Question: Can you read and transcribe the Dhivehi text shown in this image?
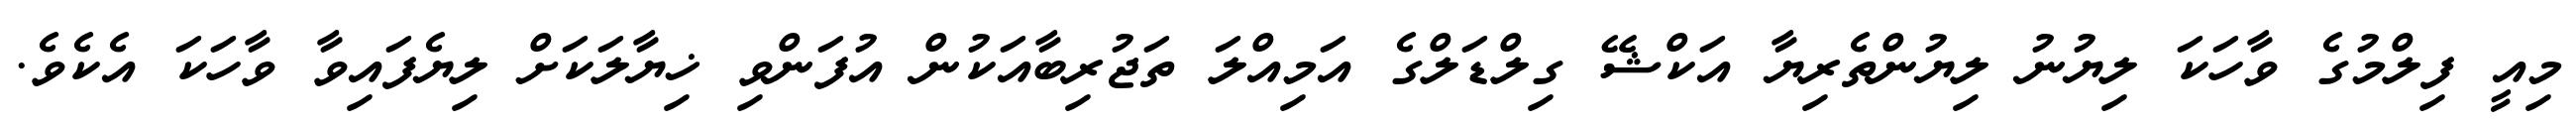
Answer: މިއީ ފިލްމުގެ ވާހަކަ ލިޔުނު ލިޔުންތެރިޔާ އަކްޝޭ ގިލްޑަލްގެ އަމިއްލަ ތަޖުރިބާއަކުން އުފަންވި ޚިޔާލަކަށް ލިޔެފައިވާ ވާހަކަ އެކެވެ.